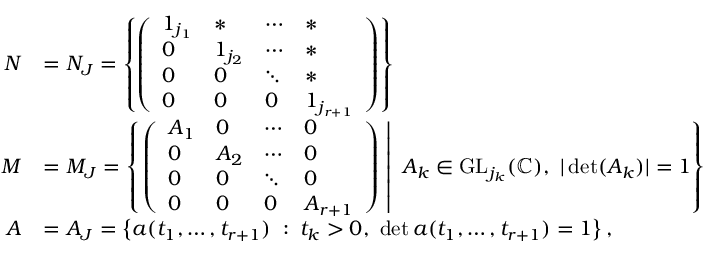
\begin{array} { r l } { N } & { = N _ { J } = \left\{ \left( \begin{array} { l l l l } { 1 _ { j _ { 1 } } } & { * } & { \cdots } & { * } \\ { 0 } & { 1 _ { j _ { 2 } } } & { \cdots } & { * } \\ { 0 } & { 0 } & { \ddots } & { * } \\ { 0 } & { 0 } & { 0 } & { 1 _ { j _ { r + 1 } } } \end{array} \right) \right\} } \\ { M } & { = M _ { J } = \left\{ \left. \left( \begin{array} { l l l l } { A _ { 1 } } & { 0 } & { \cdots } & { 0 } \\ { 0 } & { A _ { 2 } } & { \cdots } & { 0 } \\ { 0 } & { 0 } & { \ddots } & { 0 } \\ { 0 } & { 0 } & { 0 } & { A _ { r + 1 } } \end{array} \right) \ \right| \ A _ { k } \in \mathrm { G L } _ { j _ { k } } ( \mathbb { C } ) , \ | \operatorname* { d e t } ( A _ { k } ) | = 1 \right\} } \\ { A } & { = A _ { J } = \left\{ a ( t _ { 1 } , \ldots , t _ { r + 1 } ) \; : \; t _ { k } > 0 , \ \operatorname* { d e t } a ( t _ { 1 } , \ldots , t _ { r + 1 } ) = 1 \right\} , } \end{array}